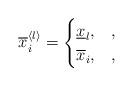
LaTeX: \begin{align*}\overline{x}^{\langle l\rangle}_i=\begin{cases}\underline{x}_l, &,\\\overline{x}_i, &,\end{cases}\end{align*}